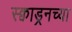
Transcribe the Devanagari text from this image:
स्क्वाड्रनच्या